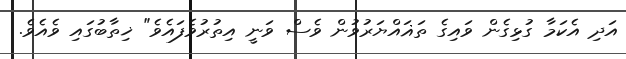
އަދި އެކަމާ ގުޅިގެން ވައިގެ ތަޣައްޔަރުވުން ވެސް ވަނީ އިތުރުވެފައެވެ" ޚިތާބުގައި ވެއެވެ.